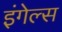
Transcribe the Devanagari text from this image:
इंगेल्स